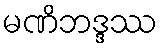
မဏိဘဒ္ဒဿ